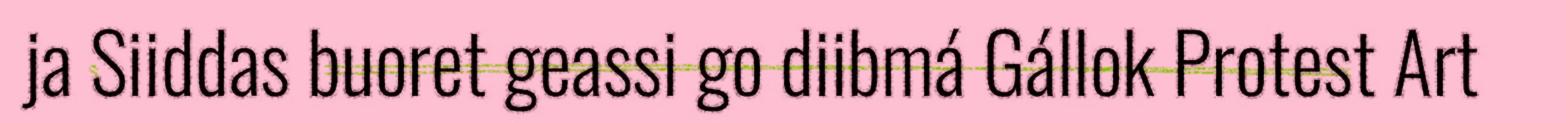
ja Siiddas buoret geassi go diibmá Gállok Protest Art